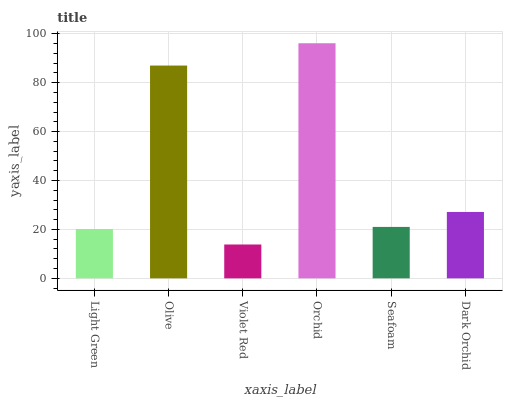
| xaxis_label | bars |
 | --- | --- |
 | Light Green | 20.2 |
 | Olive | 87 |
 | Violet Red | 13.8 |
 | Orchid | 96.1 |
 | Seafoam | 21 |
 | Dark Orchid | 27.1 |